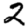
Digit: 2